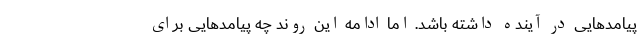
پیامدهایی در آینده داشته باشد. اما ادامه این روند چه پیامدهایی برای